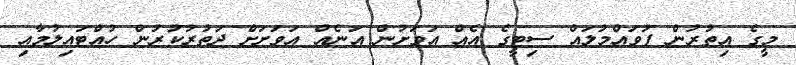
މީގެ އިތުރުން ފުވައްމުލައް ސިޓީގެ އެއް އަވަށުން އަނެއް އަވަށަށް ދަތުރުކުރުން ހުއްޓައިލުމާއި